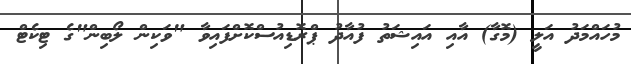
މުހައްމަދު އަލީ (މޮގާ) އާއި އައިޝަތު ފުއާދު ޕްރޮޑިއުސްކޮށްފައިވާ "ވަކިން ލޯބިން"ގެ ޓިކެޓް